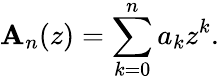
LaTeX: \mathbf{A}_{n}(z)=\sum_{k=0}^{n}a_{k}z^{k}.